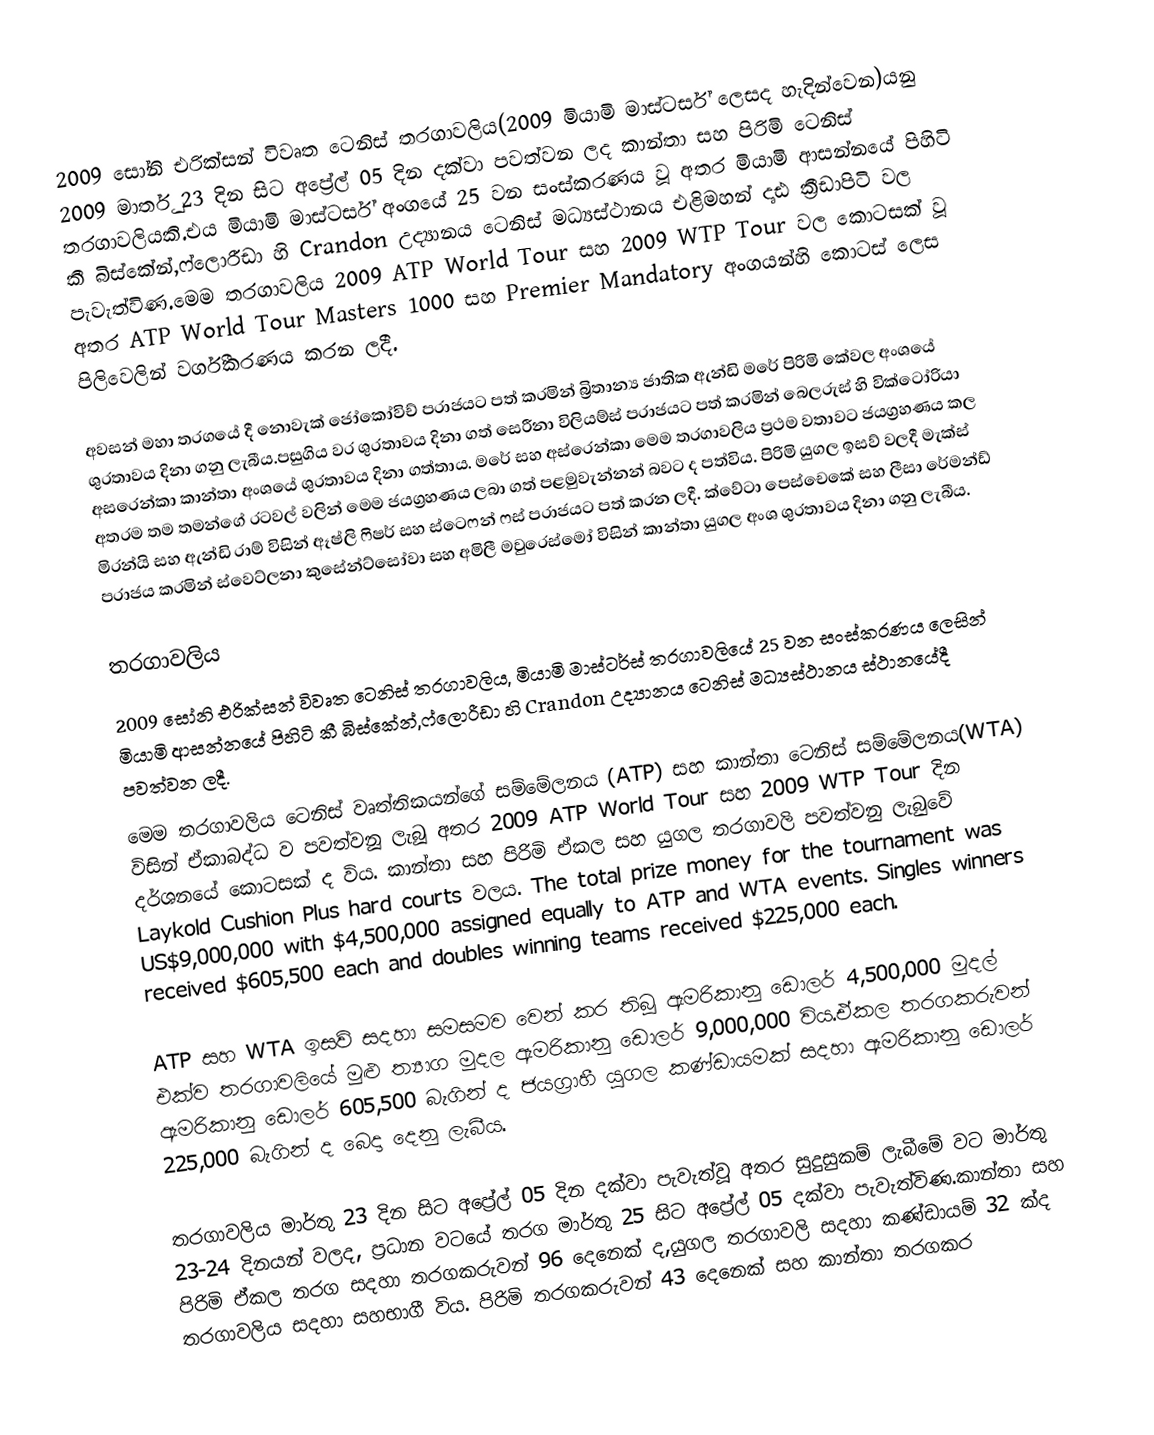
2009 සෝනි එරික්සන් විවෘත ටෙනිස් තරගාවලිය(2009 මියාමි මාස්ටර්ස් ලෙසද හැදින්වෙන)යනු 2009 මාර්තු 23 දින සිට අප්‍රේල් 05 දින දක්වා පවත්වන ලද කාන්තා සහ පිරිමි ටෙනිස් තරගාවලියකි.එය මියාමි මාස්ටර්ස්  අංගයේ 25 වන සංස්කරණය වූ අතර මියාමි ආසන්නයේ පිහිටි කී බිස්කේන්,ෆ්ලොරීඩා  හි Crandon උද්‍යානය ටෙනිස් මධ්‍යස්ථානය එළිමහන් දෘඪ ක්‍රීඩාපිටි වල  පැවැත්විණ.මෙම තරගාවලිය 2009 ATP World Tour  සහ 2009 WTP Tour  වල කොටසක්‌ වූ අතර ATP World Tour Masters 1000 සහ Premier Mandatory අංගයන්හි කොටස් ලෙස පිලිවෙලින් වර්ගීකරණය කරන ලදී.

අවසන් මහා තරගයේ දී නොවැක් ජෝකෝවිච්  පරාජයට පත් කරමින් බ්‍රිතාන්‍ය ජාතික ඇන්ඩි මරේ  පිරිමි කේවල අංශයේ ශුරතාවය දිනා ගනු ලැබීය.පසුගිය වර ශුරතාවය දිනා ගත් සෙරීනා විලියම්ස් පරාජයට පත් කරමින් බෙලරුස් හි වික්ටෝරියා අසරෙන්කා  කාන්තා අංශයේ ශුරතාවය දිනා ගත්තාය. මරේ සහ අස්රෙන්කා මෙම තරගාවලිය ප්‍රථම වතාවට ජයග්‍රහණය කල අතරම තම තමන්ගේ රටවල් වලින් මෙම ජයග්‍රහණය ලබා ගත් පළමුවැන්නන් බවට ද පත්විය. පිරිමි යුගල ඉසව් වලදී මැක්ස් මිරන්යි සහ ඇන්ඩි රාම්  විසින් ඈෂ්ලි ෆිෂර්  සහ ස්ටෙෆන් ෆස්  පරාජයට පත් කරන ලදී. ක්වේටා‍ පෙස්චෙකේ සහ ලීසා රේමන්ඩ් පරාජය කරමින් ස්වෙට්ලනා කුසේන්ට්සෝවා  සහ අමිලී මවුරෙස්මෝ විසින් කාන්තා යුගල අංශ ශුරතාවය දිනා  ගනු ලැබීය.

තරගාවලිය
2009 සෝනි එරික්සන් විවෘත ටෙනිස් තරගාවලිය, මියාමි මාස්ටර්ස්  තරගාවලියේ 25 වන සංස්කරණය ලෙසින් මියාමි ආසන්නයේ පිහිටි කී බිස්කේන්,ෆ්ලොරීඩා  හි Crandon උද්‍යානය ටෙනිස් මධ්‍යස්ථානය  ස්ථානයේදී පවත්වන ලදී.
  මෙම තරගාවලිය ටෙනිස් වෘත්තිකයන්ගේ සම්මේලනය (ATP) සහ කාන්තා ටෙනිස් සම්මේලනය(WTA) විසින් ඒකාබද්ධ ව පවත්වනූ ලැබූ අතර 2009 ATP World Tour  සහ 2009 WTP Tour  දින දර්ශනයේ කොටසක් ද විය. කාන්තා සහ පිරිමි ඒකල සහ යුගල තරගාවලි පවත්වනු ලැබුවේ Laykold Cushion Plus hard courts  වලය. The total prize money for the tournament was US$9,000,000 with $4,500,000 assigned equally to ATP and WTA events. Singles winners received $605,500 each and doubles winning teams received $225,000 each.

ATP සහ WTA ඉසව් සදහා සමසමව වෙන් කර තිබූ ඇමරිකානු ඩොලර් 4,500,000 මුදල් එක්ව තරගාවලියේ මුළු ත්‍යාග මුදල ඇමරිකානු ඩොලර් 9,000,000 විය.ඒකල තරගකරුවන් ඇමරිකානු ඩොලර් 605,500 බැගින් ද ජයග්‍රාහී යුගල කණ්ඩායමක් සදහා ඇමරිකානු ඩොලර් 225,000 බැගින් ද බෙදා දෙනු ලැබීය.

තරගාවලිය මාර්තු 23 දින සිට අප්‍රේල් 05 දින දක්වා පැවැත්වූ අතර සුදුසුකම් ලැබීමේ වට මාර්තු 23-24 දිනයන් වලද, ප්‍රධාන වටයේ තරග මාර්තු 25 සිට අප්‍රේල් 05 දක්වා පැවැත්විණ.කාන්තා සහ පිරිමි ඒකල තරග සදහා තරගකරුවන් 96 දෙනෙක් ද,යුගල තරගාවලි සදහා කණ්ඩායම් 32 ක්ද තරගාවලිය සදහා සහභාගී විය. පිරිමි තරගකරුවන් 43 දෙනෙක් සහ කාන්තා තරගකර